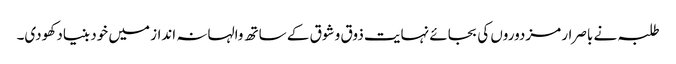
طلبہ نے باصرار مزدوروں کی بجائے نہایت ذوق و شوق کے ساتھ والہانہ انداز میں خود بنیاد کھودی۔